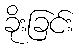
ခိုးခြင်း